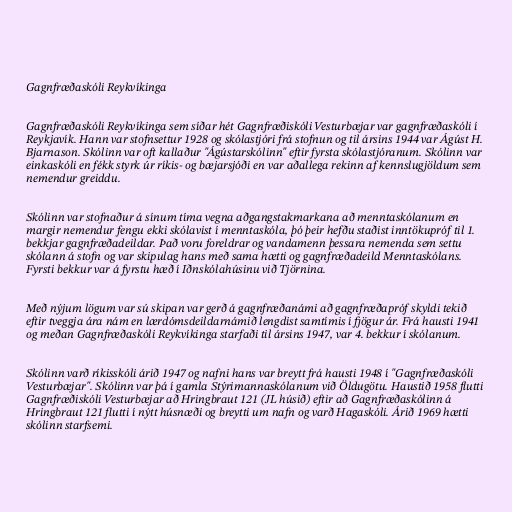
Gagnfræðaskóli Reykvíkinga

Gagnfræðaskóli Reykvíkinga sem síðar hét Gagnfræðiskóli Vesturbæjar var gagnfræðaskóli í
Reykjavík. Hann var stofnsettur 1928 og skólastjóri frá stofnun og til ársins 1944 var Ágúst H.
Bjarnason. Skólinn var oft kallaður "Ágústarskólinn" eftir fyrsta skólastjóranum. Skólinn var
einkaskóli en fékk styrk úr ríkis- og bæjarsjóði en var aðallega rekinn af kennslugjöldum sem
nemendur greiddu.

Skólinn var stofnaður á sínum tíma vegna aðgangstakmarkana að menntaskólanum en
margir nemendur fengu ekki skólavist í menntaskóla, þó þeir hefðu staðist inntökupróf til 1.
bekkjar gagnfræðadeildar. Það voru foreldrar og vandamenn þessara nemenda sem settu
skólann á stofn og var skipulag hans með sama hætti og gagnfræðadeild Menntaskólans.
Fyrsti bekkur var á fyrstu hæð í Iðnskólahúsinu við Tjörnina.

Með nýjum lögum var sú skipan var gerð á gagnfræðanámi að gagnfræðapróf skyldi tekið
eftir tveggja ára nám en lærdómsdeildarnámið lengdist samtímis í fjögur ár. Frá hausti 1941
og meðan Gagnfræðaskóli Reykvíkinga starfaði til ársins 1947, var 4. bekkur í skólanum.

Skólinn varð ríkisskóli árið 1947 og nafni hans var breytt frá hausti 1948 í "Gagnfræðaskóli
Vesturbæjar". Skólinn var þá í gamla Stýrimannaskólanum við Öldugötu. Haustið 1958 flutti
Gagnfræðiskóli Vesturbæjar að Hringbraut 121 (JL húsið) eftir að Gagnfræðaskólinn á
Hringbraut 121 flutti í nýtt húsnæði og breytti um nafn og varð Hagaskóli. Árið 1969 hætti
skólinn starfsemi.